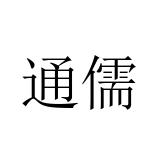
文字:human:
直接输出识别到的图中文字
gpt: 通儒